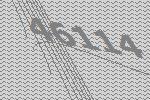
46114